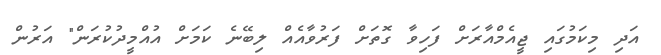
އަދި މިކަމުގައި ޖީއެމްއާރަށް ފަހިވާ ގޮތަށް ފަރުވާއެއް ލިބޭނެ ކަމަށް އުއްމީދުކުރަން" އަރުން